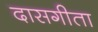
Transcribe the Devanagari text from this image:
दासगीता